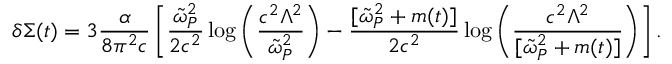
\delta \Sigma ( t ) = { 3 } \frac { \alpha } { { 8 } \pi ^ { 2 } c } \left[ \frac { \tilde { \omega } _ { P } ^ { 2 } } { 2 c ^ { 2 } } \log \left( \frac { c ^ { 2 } \Lambda ^ { 2 } } { \tilde { \omega } _ { P } ^ { 2 } } \right) - \frac { [ \tilde { \omega } _ { P } ^ { 2 } + m ( t ) ] } { 2 c ^ { 2 } } \log \left( \frac { c ^ { 2 } \Lambda ^ { 2 } } { [ \tilde { \omega } _ { P } ^ { 2 } + m ( t ) ] } \right) \right] .